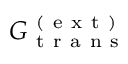
G _ { \mathrm { ~ t ~ r ~ a ~ n ~ s ~ } } ^ { \mathrm { ~ ( ~ e ~ x ~ t ~ ) ~ } }